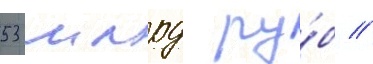
53 млрд ру́б //